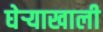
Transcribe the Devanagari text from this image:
घेर्‍याखाली